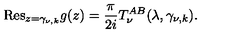
{ \mathrm { R e s } } _ { z = \gamma _ { \nu , k } } g ( z ) = \frac { \pi } { 2 i } T _ { \nu } ^ { A B } ( \lambda , \gamma _ { \nu , k } ) .